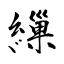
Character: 繅